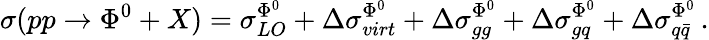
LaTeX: \sigma(pp\to\Phi^{0}+X)=\sigma_{LO}^{\Phi^{0}}+\Delta\sigma_{virt}^{\Phi^{0}}+\Delta\sigma_{gg}^{\Phi^{0}}+\Delta\sigma_{gq}^{\Phi^{0}}+\Delta\sigma_{q\bar{q}}^{\Phi^{0}}\, .